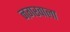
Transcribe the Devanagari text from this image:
नगरवाला